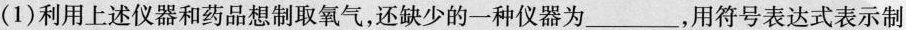
(1)利用上述仪器和药品想制取氧气，还缺少的一种仪器为___，用符号表达式表示制